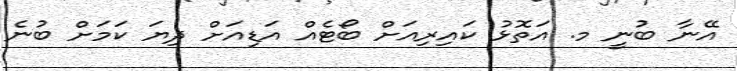
އޭނާ ބުނީ މ. އަތޮޅު ކައިރިއަށް ބޯޓެއް އަޑިއަށް ދިޔަ ކަމަށް ބުނެ